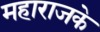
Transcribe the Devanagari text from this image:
महाराजके